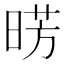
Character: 𣇷